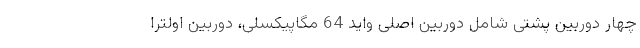
چهار دوربین پشتی شامل دوربین اصلی واید 64 مگاپیکسلی، دوربین اولترا